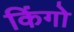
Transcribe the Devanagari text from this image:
किंगो